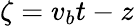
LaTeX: \zeta=v_{b}t-z